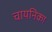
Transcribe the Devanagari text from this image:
चायनिका